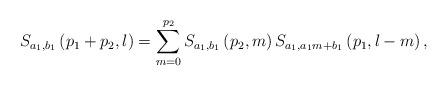
LaTeX: \begin{align*}S_{a_{1},b_{1}}\left( p_{1}+p_{2},l\right)=\sum_{m=0}^{p_{2}}S_{a_{1},b_{1}}\left( p_{2},m\right)S_{a_{1},a_{1}m+b_{1}}\left( p_{1},l-m\right) , \end{align*}